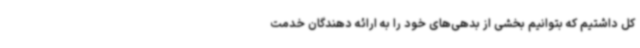
کل داشتیم که بتوانیم بخشی از بدهی‌های خود را به ارائه دهندگان خدمت